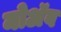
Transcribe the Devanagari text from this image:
मोअॅब